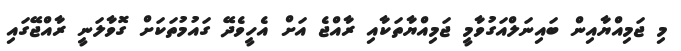
މި ޖަމިއްޔާއިން ބައިނަލްއަގުވާމީ ޖަމިއްޔާތަކާއި ރާއްޖެ އަށް އެހީވެދޭ ގައުމުތަކަށް ގޮވާލަނީ ރާއްޖޭގައި